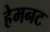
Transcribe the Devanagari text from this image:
हेमनट